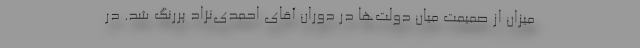
میزان از صمیمت میان دولت‌ها در دوران آقای احمدی‌نژاد پررنگ شد. در